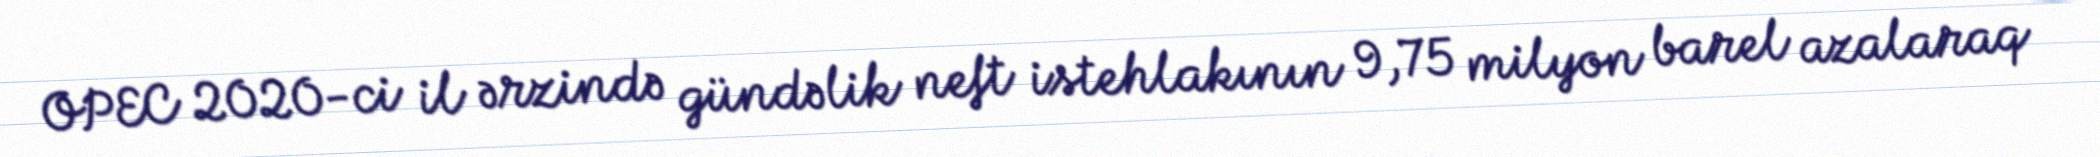
OPEC 2020-ci il ərzində gündəlik neft istehlakının 9,75 milyon barel azalaraq